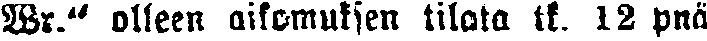
Wr." olleen aikomuksen tilata tk. 12 pnä